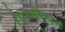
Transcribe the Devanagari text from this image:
हैदरअलीविरूद्धच्या